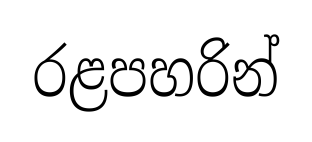
රළපහරින්